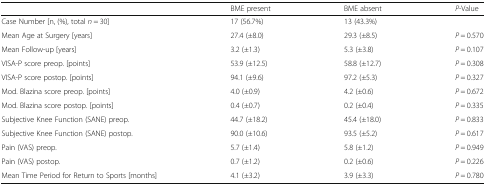
<table><thead><tr><td></td><td><b>BME present</b></td><td><b>BME absent</b></td><td><b><i>P</i>-Value</b></td></tr></thead><tbody><tr><td>Case Number [n, (%), total <i>n</i> = 30]</td><td>17 (56.7%)</td><td>13 (43.3%)</td><td></td></tr><tr><td>Mean Age at Surgery [years]</td><td>27.4 (±8.0)</td><td>29.3 (±8.5)</td><td><i>P</i> = 0.570</td></tr><tr><td>Mean Follow-up [years]</td><td>3.2 (±1.3)</td><td>5.3 (±3.8)</td><td><i>P</i> = 0.107</td></tr><tr><td>VISA-P score preop. [points]</td><td>53.9 (±12.5)</td><td>58.8 (±12.7)</td><td><i>P</i> = 0.308</td></tr><tr><td>VISA-P score postop. [points]</td><td>94.1 (±9.6)</td><td>97.2 (±5.3)</td><td><i>P</i> = 0.327</td></tr><tr><td>Mod. Blazina score preop. [points]</td><td>4.0 (±0.9)</td><td>4.2 (±0.6)</td><td><i>P</i> = 0.672</td></tr><tr><td>Mod. Blazina score postop. [points]</td><td>0.4 (±0.7)</td><td>0.2 (±0.4)</td><td><i>P</i> = 0.335</td></tr><tr><td>Subjective Knee Function (SANE) preop.</td><td>44.7 (±18.2)</td><td>45.4 (±18.0)</td><td><i>P</i> = 0.833</td></tr><tr><td>Subjective Knee Function (SANE) postop.</td><td>90.0 (±10.6)</td><td>93.5 (±5.2)</td><td><i>P</i> = 0.617</td></tr><tr><td>Pain (VAS) preop.</td><td>5.7 (±1.4)</td><td>5.8 (±1.2)</td><td><i>P</i> = 0.949</td></tr><tr><td>Pain (VAS) postop.</td><td>0.7 (±1.2)</td><td>0.2 (±0.6)</td><td><i>P</i> = 0.226</td></tr><tr><td>Mean Time Period for Return to Sports [months]</td><td>4.1 (±3.2)</td><td>3.9 (±3.3)</td><td><i>P</i> = 0.780</td></tr></tbody></table>